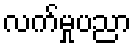
လက်မှုပညာ